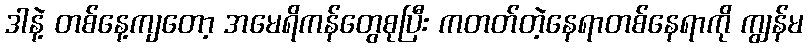
ဒါနဲ့ တစ်နေ့ကျတော့ အမေရိကန်တွေစုပြီး ကတတ်တဲ့နေရာတစ်နေရာကို ကျွန်မ